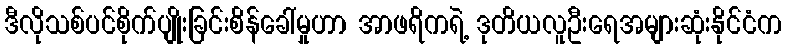
ဒီလိုသစ်ပင်စိုက်ပျိုးခြင်းစိန်ခေါ်မှုဟာ အာဖရိကရဲ့ ဒုတိယလူဦးရေအများဆုံးနိုင်ငံက